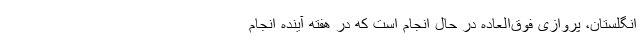
انگلستان، پروازی فوق‌العاده در حال انجام است که در هفته آینده انجام